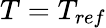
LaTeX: {T={T_{ref}}}